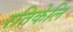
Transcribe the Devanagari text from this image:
रतिकेलि